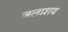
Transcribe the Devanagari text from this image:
जलाश्‍ाय